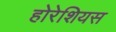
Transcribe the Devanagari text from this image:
होरेशियस